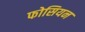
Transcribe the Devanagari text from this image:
फोसियन